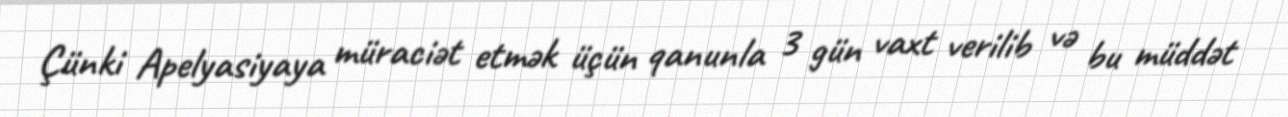
Çünki Apelyasiyaya müraciət etmək üçün qanunla 3 gün vaxt verilib və bu müddət